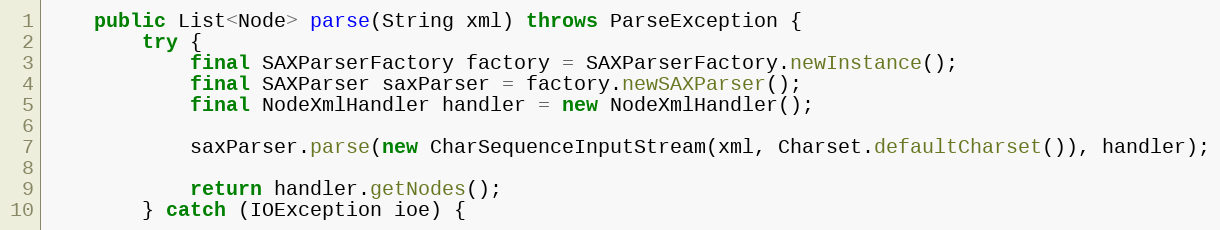
Language: Java
    public List<Node> parse(String xml) throws ParseException {
        try {
            final SAXParserFactory factory = SAXParserFactory.newInstance();
            final SAXParser saxParser = factory.newSAXParser();
            final NodeXmlHandler handler = new NodeXmlHandler();

            saxParser.parse(new CharSequenceInputStream(xml, Charset.defaultCharset()), handler);

            return handler.getNodes();
        } catch (IOException ioe) {